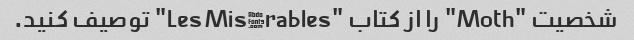
شخصیت "Moth" را از کتاب "Les Misérables" توصیف کنید.